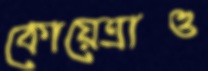
কোয়েত্রাও